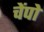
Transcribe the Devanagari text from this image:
चेंपो